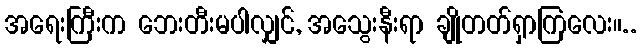
အရေးကြီးက ဘေးတီးမပါလျှင်, အသွေးနီးရာ ချိုတတ်ရှာကြလေး။..